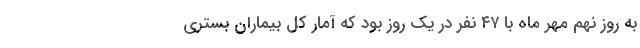
به روز نهم مهر ماه با ۴۷ نفر در یک روز بود که آمار کل بیماران بستری